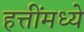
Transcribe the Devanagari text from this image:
हत्तींमध्ये